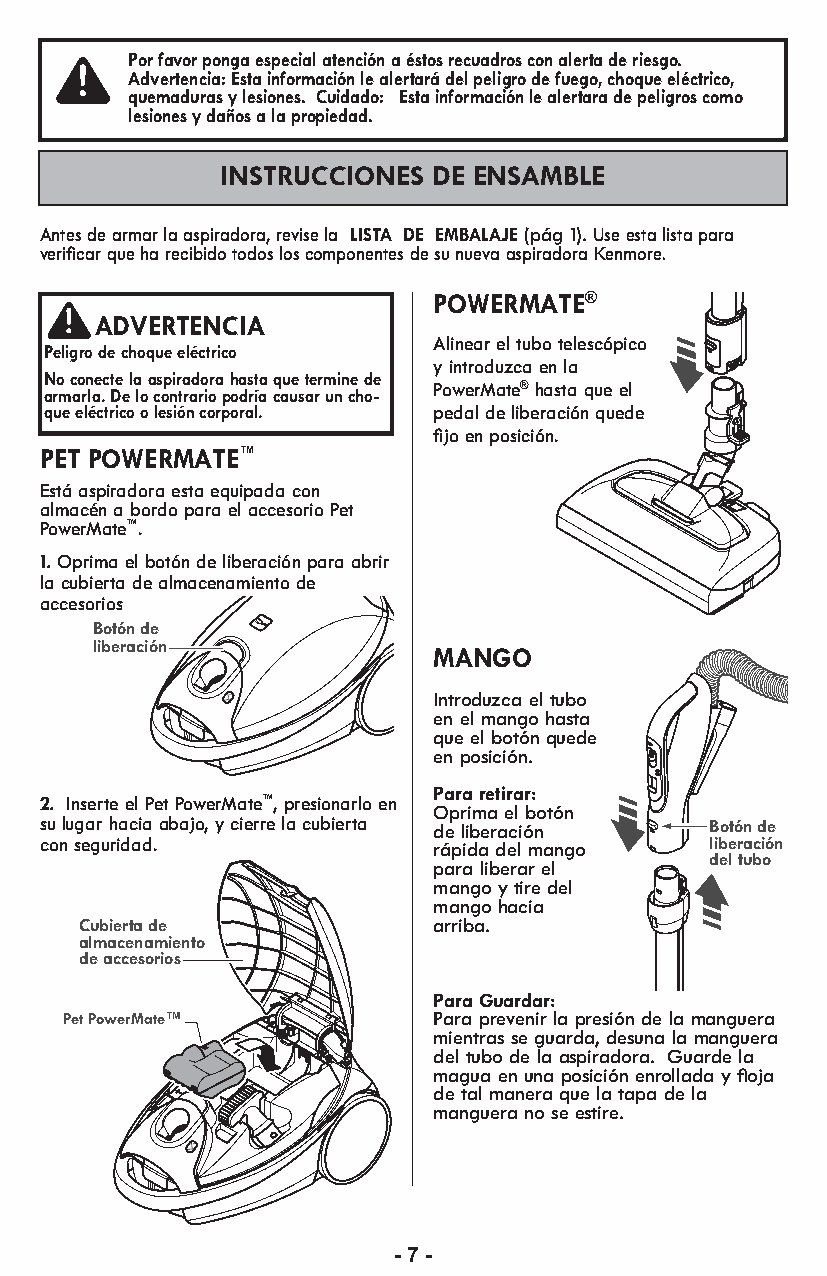
Por favor ponga especial atención a éstos recuadros con alerta de riesgo.
 Advertencia: Esta información le alertará del peligro de fuego, choque eléctrico,
 quemaduras y lesiones. Cuidado: Esta información le alertara de peligros como
 lesiones y daños a la propiedad.
 INSTRUCCIONES DE ENSAMBLE
 Antes de armar la aspiradora, revise la LISTA DE EMBALAJE (pág 1).Use esta lista para
 verificar que ha recibido todos los componentes de su nueva aspiradora Kenmore.
 POWERMATE®
 ADVERTENCIA
 Alinear el tubo telescópico
 Peligro de choque eléctrico
 y introduzca en la
 No conecte la aspiradora hasta que termine de
 PowerMate® hasta que el
 armarla. De lo contrario podría causar un cho-
 que eléctrico o lesión corporal. pedal de liberación quede
 fijo en posición.
 PET POWERMATE™
 Está aspiradora esta equipada con
 almacén a bordo para el accesorio Pet
 PowerMate™.
 1. Oprima el botón de liberación para abrir
 la cubierta de almacenamiento de
 accesorios
 Botón de
 liberación
 MANGO
 Introduzca el tubo
 en el mango hasta
 que el botón quede
 en posición.
 Para reti rar:
 2. Inserte el Pet PowerMate™, presionarlo en
 Oprima el botón
 su lugar hacia abajo, y cierre la cubierta de liberación Botón de
 con seguridad.            rápida del mango  liberación
 del tubo
 para libe rar el
 mango y tire del
 mango hacia
 Cubierta de             arriba.
 almacenamiento
 de accesorios
 Para Guardar:
 Pet PowerMate™           Para prevenir la presión de la manguera
 mientras se guarda, desuna la manguera
 del tubo de la aspiradora. Guarde la
 magua en una posición enrollada y floja
 de tal manera que la tapa de la
 manguera no se estire.
 - 7 -